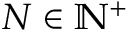
N \in \mathbb { N } ^ { + }